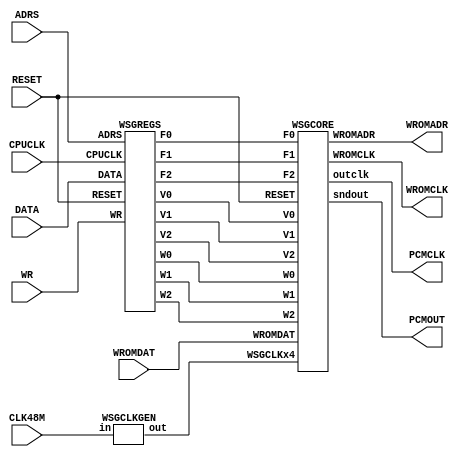
//--------------------------------------------
// Wave-base Sound Generator (3ch)
//
//					Copyright (c) 2017 MiSTer-X
//--------------------------------------------
module WSG_3CH
(
   input			 CLK48M,
   input        RESET,

   input        CPUCLK,
   input  [4:0] ADRS,
   input  [3:0] DATA,
   input        WR,

	output		 WROMCLK,
   output [7:0] WROMADR,
   input  [3:0] WROMDAT,

	output		 PCMCLK,
   output [7:0] PCMOUT
);

wire WSGCLKx4;
WSGCLKGEN cgen( CLK48M, WSGCLKx4 );

wire  [2:0] W0, W1, W2;
wire  [3:0] V0, V1, V2;
wire [19:0] F0;
wire [15:0]     F1, F2;

WSGREGS regs
(
	RESET,
	CPUCLK, ADRS, WR, DATA,

	W0, W1, W2,
	V0, V1, V2,
	F0, F1, F2
);

WSGCORE core
(
	RESET, WSGCLKx4,
	WROMCLK, WROMADR, WROMDAT,

	W0, W1, W2, 
	V0, V1, V2,
	F0, F1, F2,

	PCMCLK, PCMOUT
);

endmodule


module WSGREGS
(
	input			RESET,
	input			CPUCLK,
	input [4:0]	ADRS,
	input			WR,
	input [3:0]	DATA,
	
	output reg  [2:0] W0,
	output reg  [2:0] W1,
	output reg  [2:0] W2,

	output reg  [3:0] V0,
	output reg  [3:0] V1,
	output reg  [3:0] V2,
 
	output reg [19:0] F0,
	output reg [15:0] F1,
	output reg [15:0] F2
);

always @ ( posedge CPUCLK or posedge RESET ) begin

   if ( RESET ) begin

      W0 <= 0;
      W1 <= 0;
      W2 <= 0;

      F0 <= 0;
      F1 <= 0;
      F2 <= 0;

      V0 <= 0;
      V1 <= 0;
      V2 <= 0;

   end
   else begin

      if ( WR ) case ( ADRS )

      5'h05: W0 <= DATA[2:0];
      5'h0A: W1 <= DATA[2:0];
      5'h0F: W2 <= DATA[2:0];

      5'h15: V0 <= DATA;
      5'h1A: V1 <= DATA;
      5'h1F: V2 <= DATA;

      5'h10: F0[3:0]   <= DATA;
      5'h11: F0[7:4]   <= DATA;
      5'h12: F0[11:8]  <= DATA;
      5'h13: F0[15:12] <= DATA;
      5'h14: F0[19:16] <= DATA;

      5'h16: F1[3:0]   <= DATA;
      5'h17: F1[7:4]   <= DATA;
      5'h18: F1[11:8]  <= DATA;
      5'h19: F1[15:12] <= DATA;

      5'h1B: F2[3:0]   <= DATA;
      5'h1C: F2[7:4]   <= DATA;
      5'h1D: F2[11:8]  <= DATA;
      5'h1E: F2[15:12] <= DATA;

      default:;

      endcase

   end

end

endmodule


module WSGCORE
(
	input				RESET,
	input				WSGCLKx4,

	output			WROMCLK,
	output [7:0]	WROMADR,
	input  [3:0]	WROMDAT,

	input  [2:0]	W0,
	input  [2:0]	W1,
	input  [2:0]	W2,

	input  [3:0]	V0,
	input  [3:0]	V1,
	input  [3:0]	V2,

	input [19:0]	F0,
	input [15:0]	F1,
	input [15:0]	F2,

	output reg			outclk,
	output reg [7:0]	sndout
);

reg   [7:0] waveadr, cc1, cc2;

reg  [19:0] c0;
reg  [15:0] c1, c2;

reg   [3:0] wavevol;
wire  [7:0] waveout = wavevol * WROMDAT;

reg   [9:0] sndmix;
wire [10:0] sndmixdown = { 1'b0, sndmix };

reg   [1:0] phase;
always @ ( posedge WSGCLKx4 or posedge RESET ) begin

   if ( RESET ) begin
      phase  <= 0;
      sndout <= 0;
		outclk <= 0;
		cc1    <= 0;
		cc2    <= 0;
   end
   else begin

      case ( phase )

      0: begin
            sndout  <= ( sndmixdown[9:2] | {8{sndmixdown[10]}} );

				cc1     <= {W1,c1[15:11]};
				cc2     <= {W2,c2[15:11]};

            sndmix  <= 0;
            waveadr <= {W0,c0[19:15]};
            wavevol <= (F0!=0) ? V0 : 0;
         end

      1: begin
				outclk  <= 1'b1;
            sndmix  <= sndmix + waveout;

            waveadr <= cc1;
            wavevol <= (F1!=0) ? V1 : 0;
         end

      2: begin
            sndmix  <= sndmix + waveout;

            waveadr <= cc2;
            wavevol <= (F2!=0) ? V2 : 0;
         end

      3: begin
				outclk  <= 0;
            sndmix  <= sndmix + waveout;
         end

			default:;

      endcase

      phase <= phase+1;

      c0 <= c0 + F0;
      c1 <= c1 + F1;
      c2 <= c2 + F2;

   end

end

assign WROMCLK = ~WSGCLKx4;
assign WROMADR = waveadr;

endmodule


/*
   Clock Generator
     in: 48000000Hz -> out: 96000Hz
*/
module WSGCLKGEN( input in, output reg out );
reg [7:0] count;
always @( posedge in ) begin
	if (count > 8'd249) begin
		count <= count - 8'd249;
      out <= ~out;
	end
   else count <= count + 8'd1;
end
endmodule